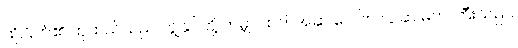
ထိုဂြိုဟ်၏ ထုထည်သည် ကျွန်ုပ်တို့ ကမ္ဘာ ထက်အဆ ပေါင်း ၆၄ ဆ မက ကြီးသည်။